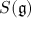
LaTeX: S ( { \mathfrak { g } } )